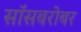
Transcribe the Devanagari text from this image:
सॉसबरोबर